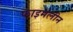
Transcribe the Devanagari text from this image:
फाइमलीन